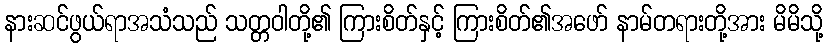
နားဆင်ဖွယ်ရာအသံသည် သတ္တဝါတို့၏ ကြားစိတ်နှင့် ကြားစိတ်၏အဖော် နာမ်တရားတို့အား မိမိသို့